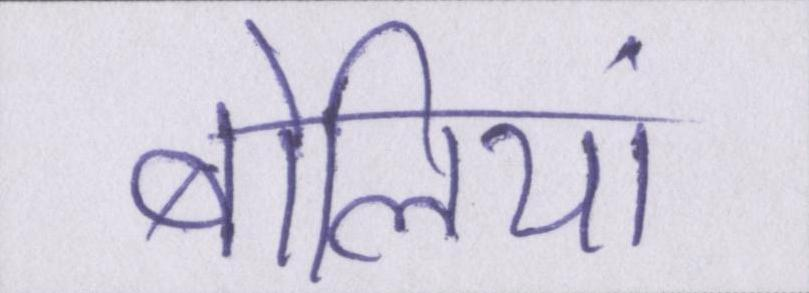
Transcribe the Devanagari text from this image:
बोलियां